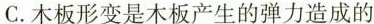
C. 木板形变是木板产生的弹力造成的